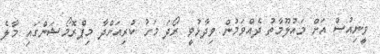
ވީނިއުސް އަށް މައުލޫމާތު ދެއްވަމުން ވިދާޅުވީ ރޯދަ މަހު ކުރިއަށްދާ މިޕްރޮމޯޝަންގައި މާލެ